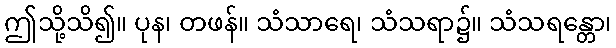
ဤသို့သိ၍။ ပုန၊ တဖန်။ သံသာရေ၊ သံသရာ၌။ သံသရန္တော၊